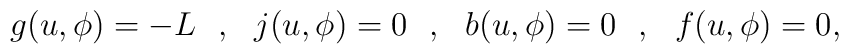
g(u,\phi)=-L\ \ ,\ \ j(u,\phi)=0\ \ ,\ \ b(u,\phi)=0\ \ ,\ \ f(u,\phi)=0,